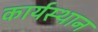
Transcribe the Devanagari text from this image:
कार्यस्‍थान